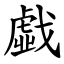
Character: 戱